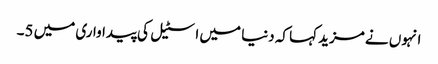
انہوں نے مزید کہا کہ دنیا میں اسٹیل کی پیداواری میں 5۔